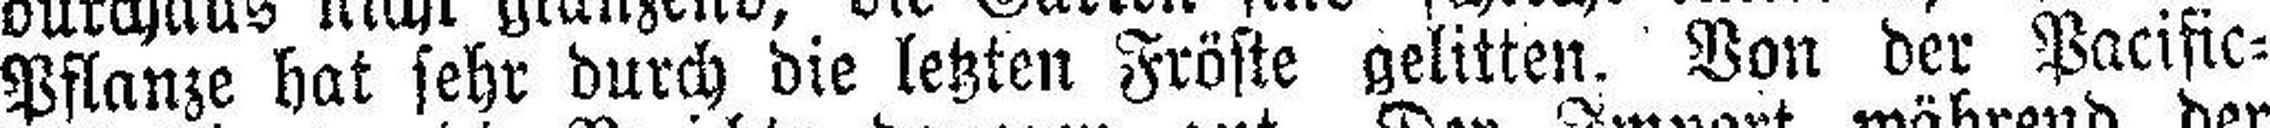
Pflanze hat sehr durch die letzten Fröste gelitten. Von der Pacific¬